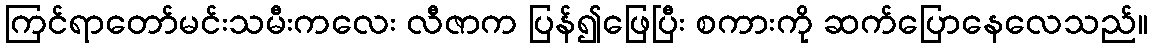
ကြင်ရာတော်မင်းသမီးကလေး လီဇာက ပြန်၍ဖြေပြီး စကားကို ဆက်ပြောနေလေသည်။